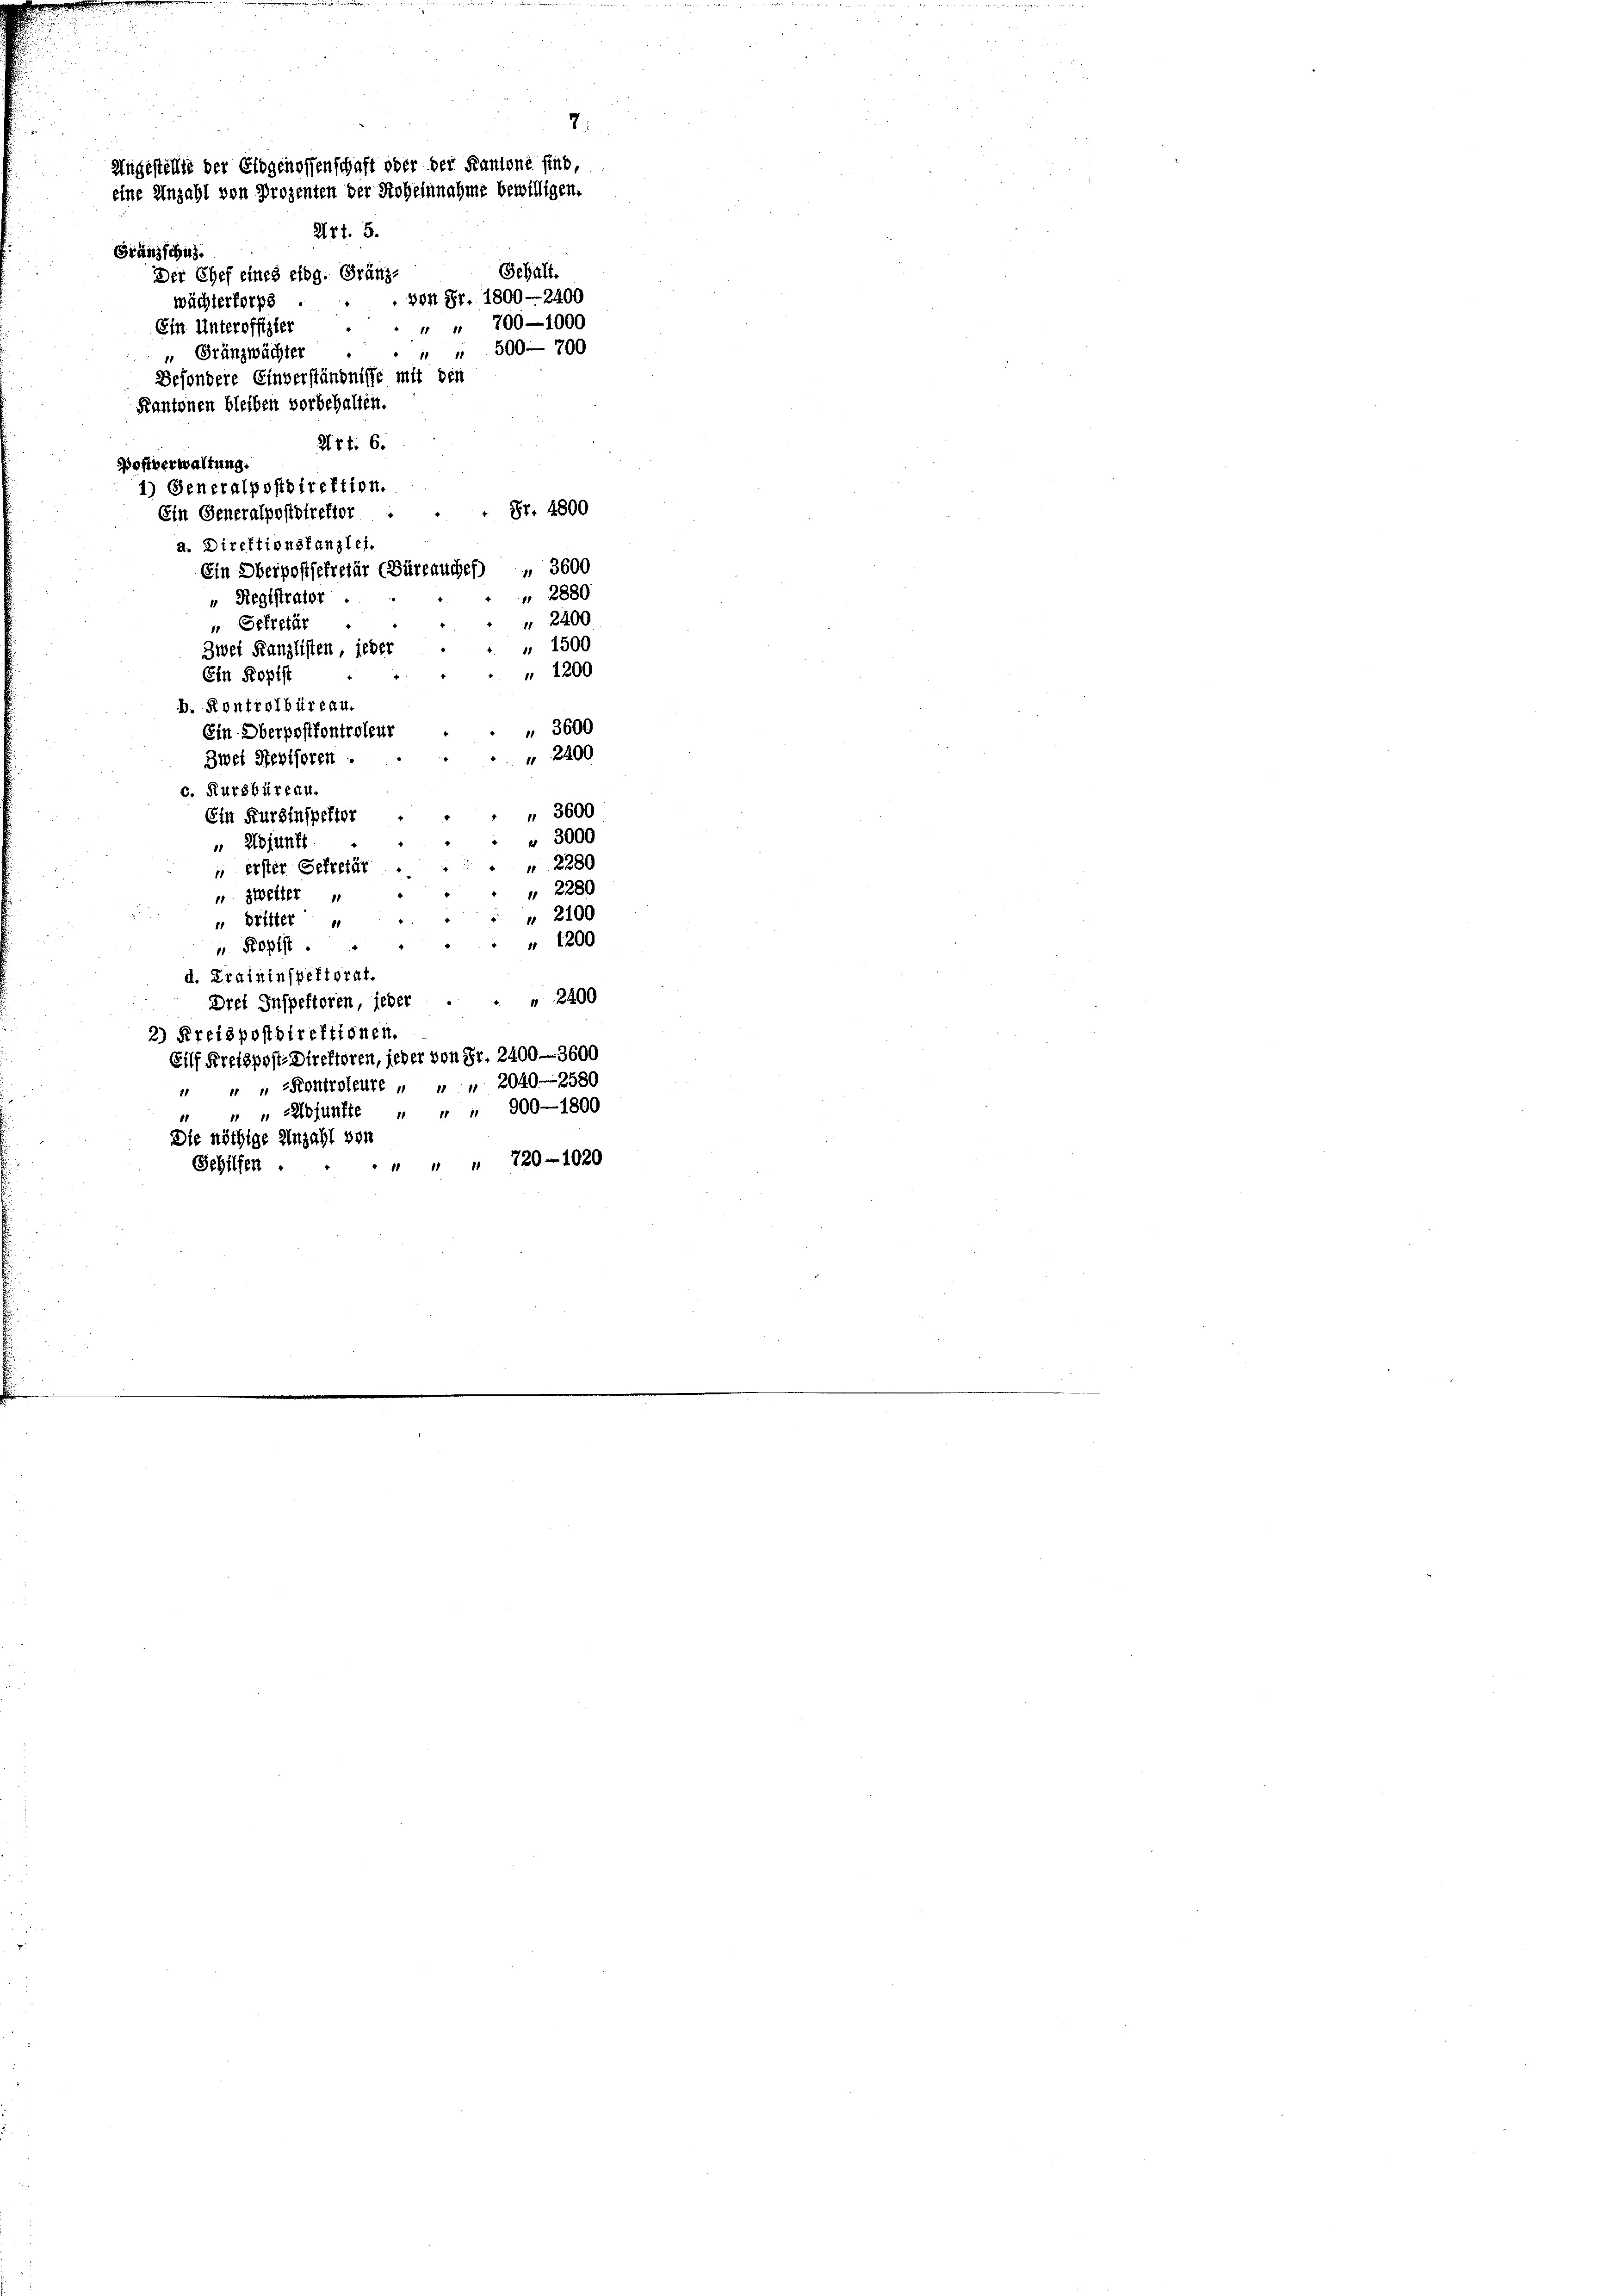
r
7.
Angestellte der Eidgenossenschaft oder der Kantone sind,
eine Anzahl von Prozenten der Hoheinnahme bewilligen.
Art. 5.
Gränzschuz.
Gehalt.
Der Chef eines clog. Gränzvon Fr. 1800—2400
wächterforps
" " 700—1000
Ein Unteroffizier
" " 500—700
" Gränzwächter
Besondere Einverständnisse mit den
Kantonen bleiben vorbehalten.
Urt. 6.
Postverwaltung.
1) Generalpostdirektion.
 Fr. 4800
Ein Generalpostdirektor

a. Direktionsfanzlei.
Ein Oberpostsekretär (Büreauches) „ 3600
2880
" Registrator
" 2400
“ Gefretär
" 1500
Zwei Kanzlisten, jeder
" 1200
Ein Kopfst
b. Kontrolbüreau.
 3600
Ein Oberpostkontroleur
 2400
Zwei Revisoren
c. Kursbüreau.
 3600
Ein Kurzinspetter
" 3000
 Adjunft
2280
 erster Gefretär .
2280
u zweiter
" 2100
 Dritter
" 1200
u. Kopfst
d. Traininspektorat.
Drei Inspektoren, jeder . . . 2400
2) Kreispostdirektionen.
Eilf Kreispost-Direktoren, jeder von Fr. 2400-3600
" " " Kontroleure " " " 2040—2580
" " Adjunkte " " " 900—1800
Die nöthige Einzahl von
" " " 720 - 1020
Sehilfen.